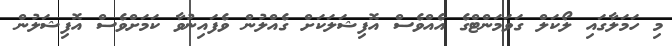
މި ހަމަލާގައި ލޯކަލް ގަވަމަންޓްގެ އެއްވެސް އޮފިޝަލަކަށް ގެއްލުން ވެފައިނުވާ ކަމަށްވެސް އޮފިޝަލުން